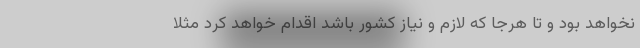
نخواهد بود و تا هرجا که لازم و نیاز کشور باشد اقدام خواهد کرد مثلاً